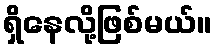
ရှိနေလို့ဖြစ်မယ်။